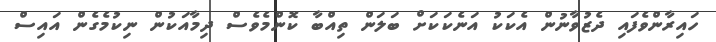
ހައިރާންވެފައި ދެޒުވާނުން އެކަކު އަނެކަކަށް ބަލަން ތިއްބާ ކޮންމެވެސް ދިމާއަކުން ނިކުމެގެން އައިސް